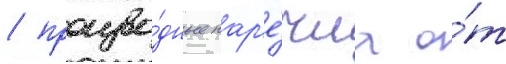
/ произво́дные нар'е́чиа о́т